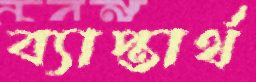
ব্যাপ্তার্থ